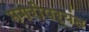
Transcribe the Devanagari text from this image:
मगरीपर्यंत